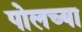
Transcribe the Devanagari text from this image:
पोलच्या